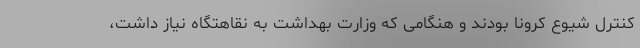
کنترل شیوع کرونا بودند و هنگامی که وزارت بهداشت به نقاهتگاه نیاز داشت،